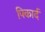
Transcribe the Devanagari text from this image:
पिकार्द